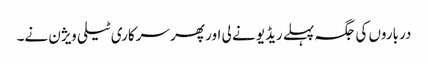
درباروں کی جگہ پہلے ریڈیو نے لی اور پھر سرکاری ٹیلی ویژن نے۔